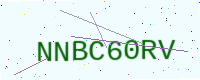
Text: NNBC60RV